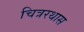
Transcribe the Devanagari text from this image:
चित्ररथास